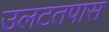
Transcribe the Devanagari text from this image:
उलटतपास